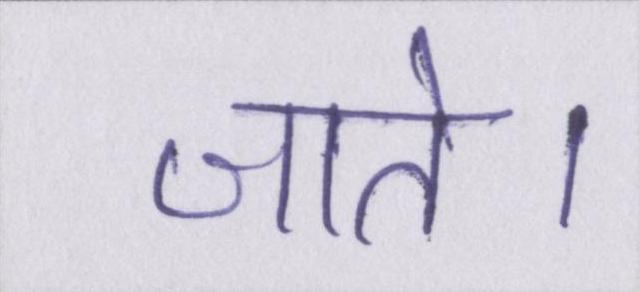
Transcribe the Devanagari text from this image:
जाते।